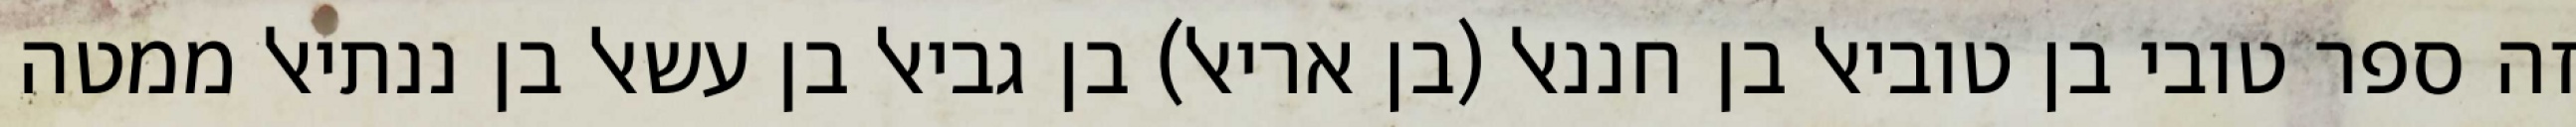
זה ספר טובי בן טוביאל בן חננאל (בן אריאל) בן גביאל בן עשאל בן ננתיאל ממטה